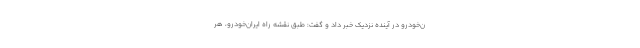
ن‌خودرو در آینده نزدیک خبر داد و گفت: طبق نقشه راه ایران‌خودرو، هر